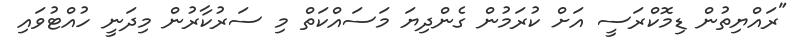
"ރައްޔިތުން ޑިމޮކްރަސީ އަށް ކުރަމުން ގެންދިޔަ މަސައްކަތް މި ސަރުކާރުން މިދަނީ ހުއްޓުވައި